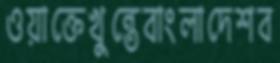
ওয়াক্তেখুন্তেবাংলাদেশব